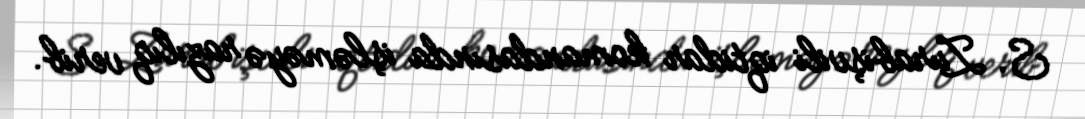
S. Zurabişvili iqtidar komandasında işləməyə razılıq verib.